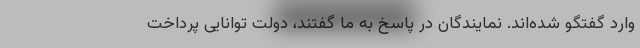
وارد گفتگو شده‌اند. نمایندگان در پاسخ به ما گفتند، دولت توانایی پرداخت